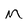
Character: M